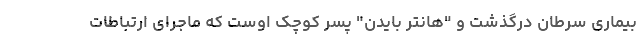
بیماری سرطان درگذشت و "هانتر بایدن" پسر کوچک اوست که ماجرای ارتباطات